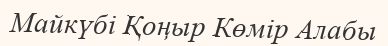
Майкүбі Қоңыр Көмір Алабы